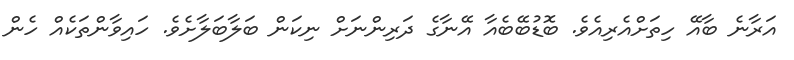
އަރާނެ ބާއޭ ހިތަށްއެރިއެވެ. ބޮޑުބޭބެއާ އޭނާގެ ދަރިންނަށް ނިކަން ބަލާބަލާށެވެ. ހައިވާންތަކެއް ހެން